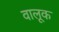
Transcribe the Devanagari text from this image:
वालूक